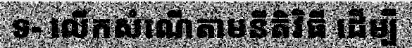
ទ- លើកសំណើតាមនីតិវិធី ដើម្បី